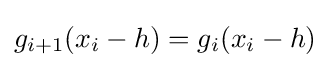
g_{i+1}(x_{i}-h)=g_{i}(x_{i}-h)